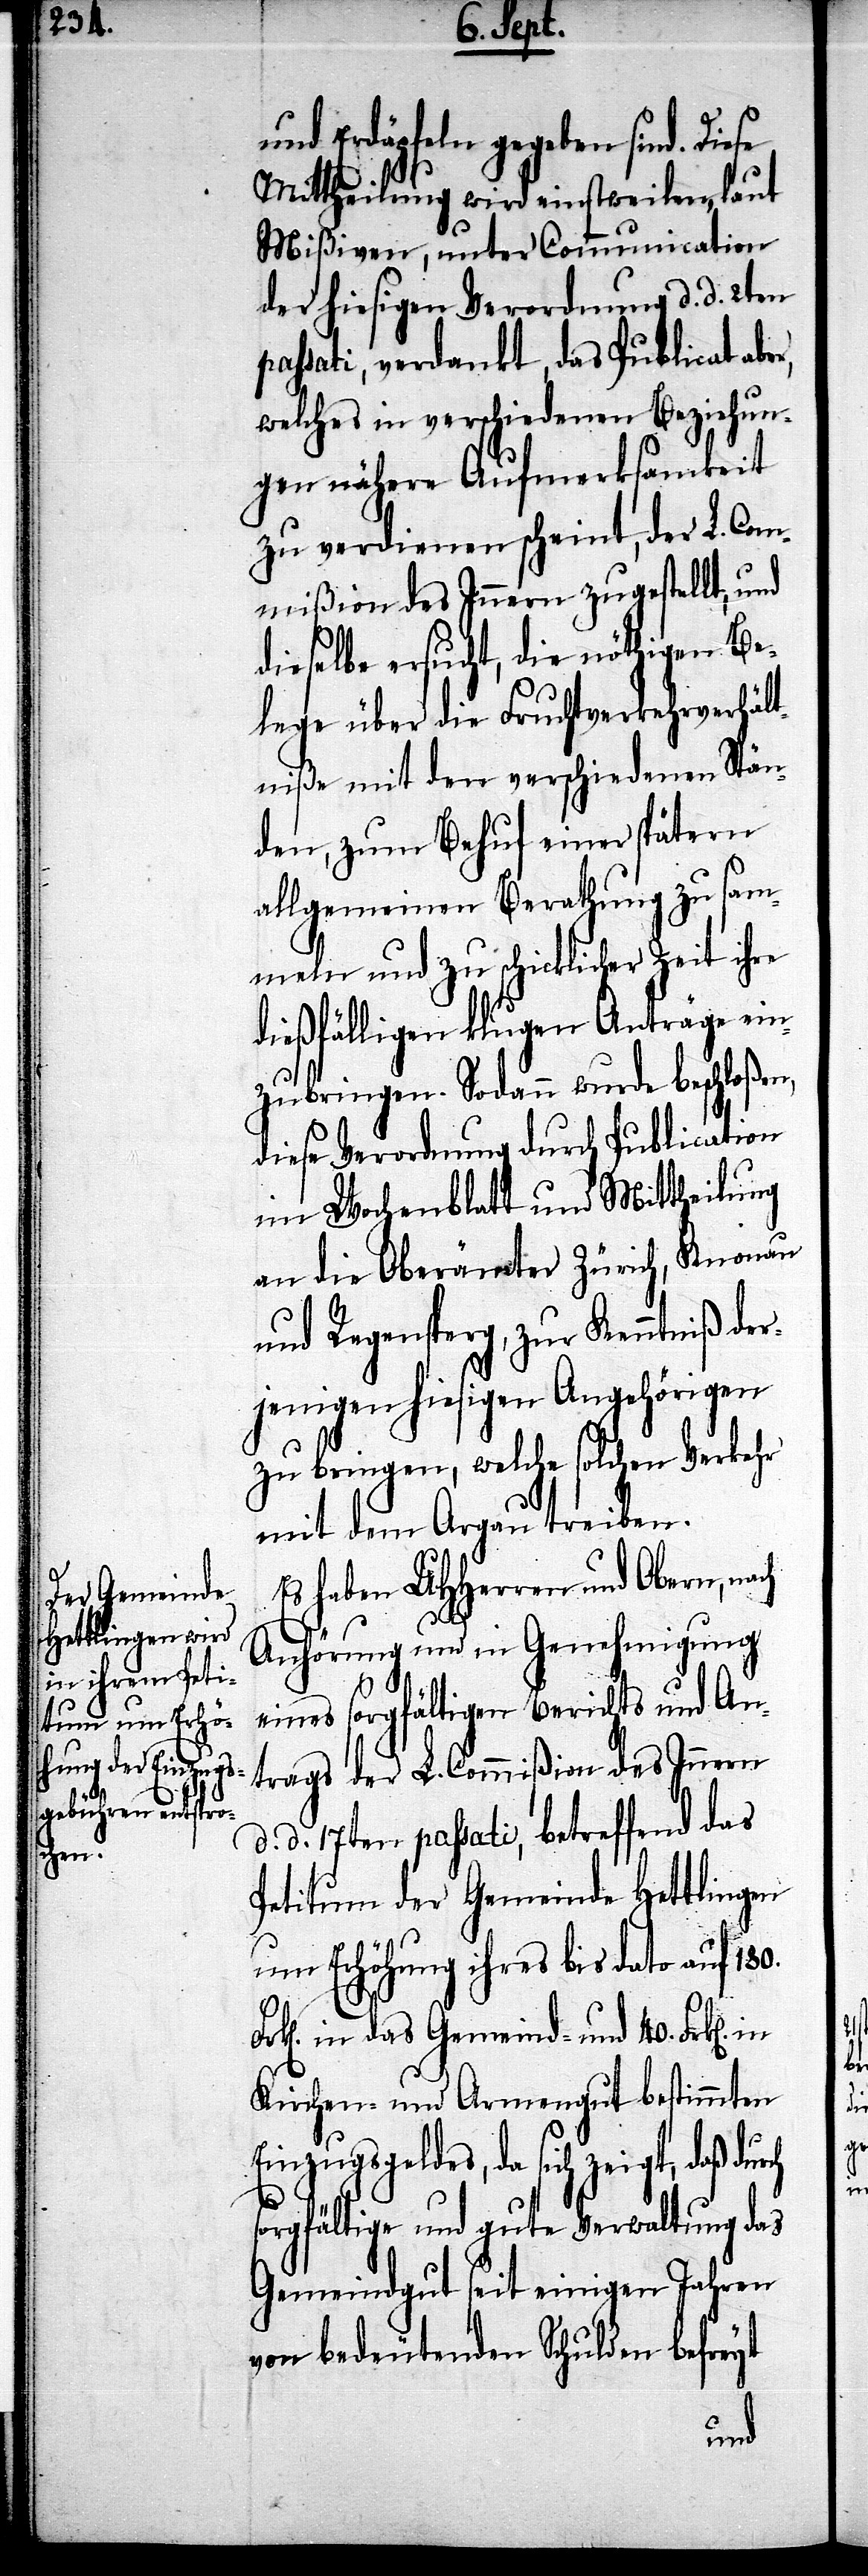
und Erdäpfeln gegeben sind.
Mittheilung wird einstweilen, laut
Mißiven, unter Communication
der hiesigen Verordnung d. d. 2ten
passati, verdankt, das Publicat aber,
welches in verschiedenen Beziehun¬
gen nähere Aufmerksamkeit
zu verdienen scheint, der L. Com¬
mißion des Innern zugestellt, und
dieselbe ersucht, die nöthigen Be¬
lege über die Fruchtverkehrsverhält¬
niße mit den verschiedenen Stän¬
den, zum Behuf einer spätern
allgemeinen Berathung zu sam¬
meln und zu schicklicher Zeit ihre
dießfälligen klugen Anträge ein¬
zubringen. Sodann wurde beschloßen,
diese Verordnung durch Publication
im Wochenblatt und Mittheilung
an die Oberämter Zürich, Knonau
und Regensperg, zur Kenntniß der¬
jenigen hiesigen Angehörigen
zu bringen, welche solchen Verkehr
mit dem Argau treiben.
Es haben UHHerren und Obern, nach
ch
Anhörung und in Genehmigung
eines sorgfältigen Berichts und An¬
trags der L. Commißion des Innern
d. d. 17ten passati, betreffend das
Petitum der Gemeinde Hettlingen
um Erhöhung ihres bis dato auf 180.
in das Gemeind- und 40. Frk[e¬
Kirchen- und Armengut bestimmten
Einzugsgeldes, da sich zeigt, daß dur¬
sorgfältige und gute Verwaltung das
Gemeindgut seit einigen Jahren
von bedeutenden Schulden befreyt